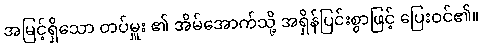
အမြင့်ရှိသော တပ်မှူး ၏ အိမ်အောက်သို့ အရှိန်ပြင်းစွာဖြင့် ပြေးဝင်၏။